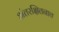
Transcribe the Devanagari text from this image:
अंतरक्षितनाव